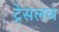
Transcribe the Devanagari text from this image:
ट्रेसलव